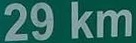
29 km